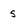
Character: 5